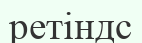
ретіндс